Problem: 13 + 15 = ?
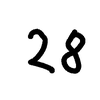
Handwritten answer: 28